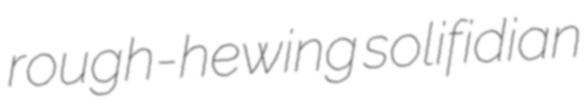
rough-hewing solifidian